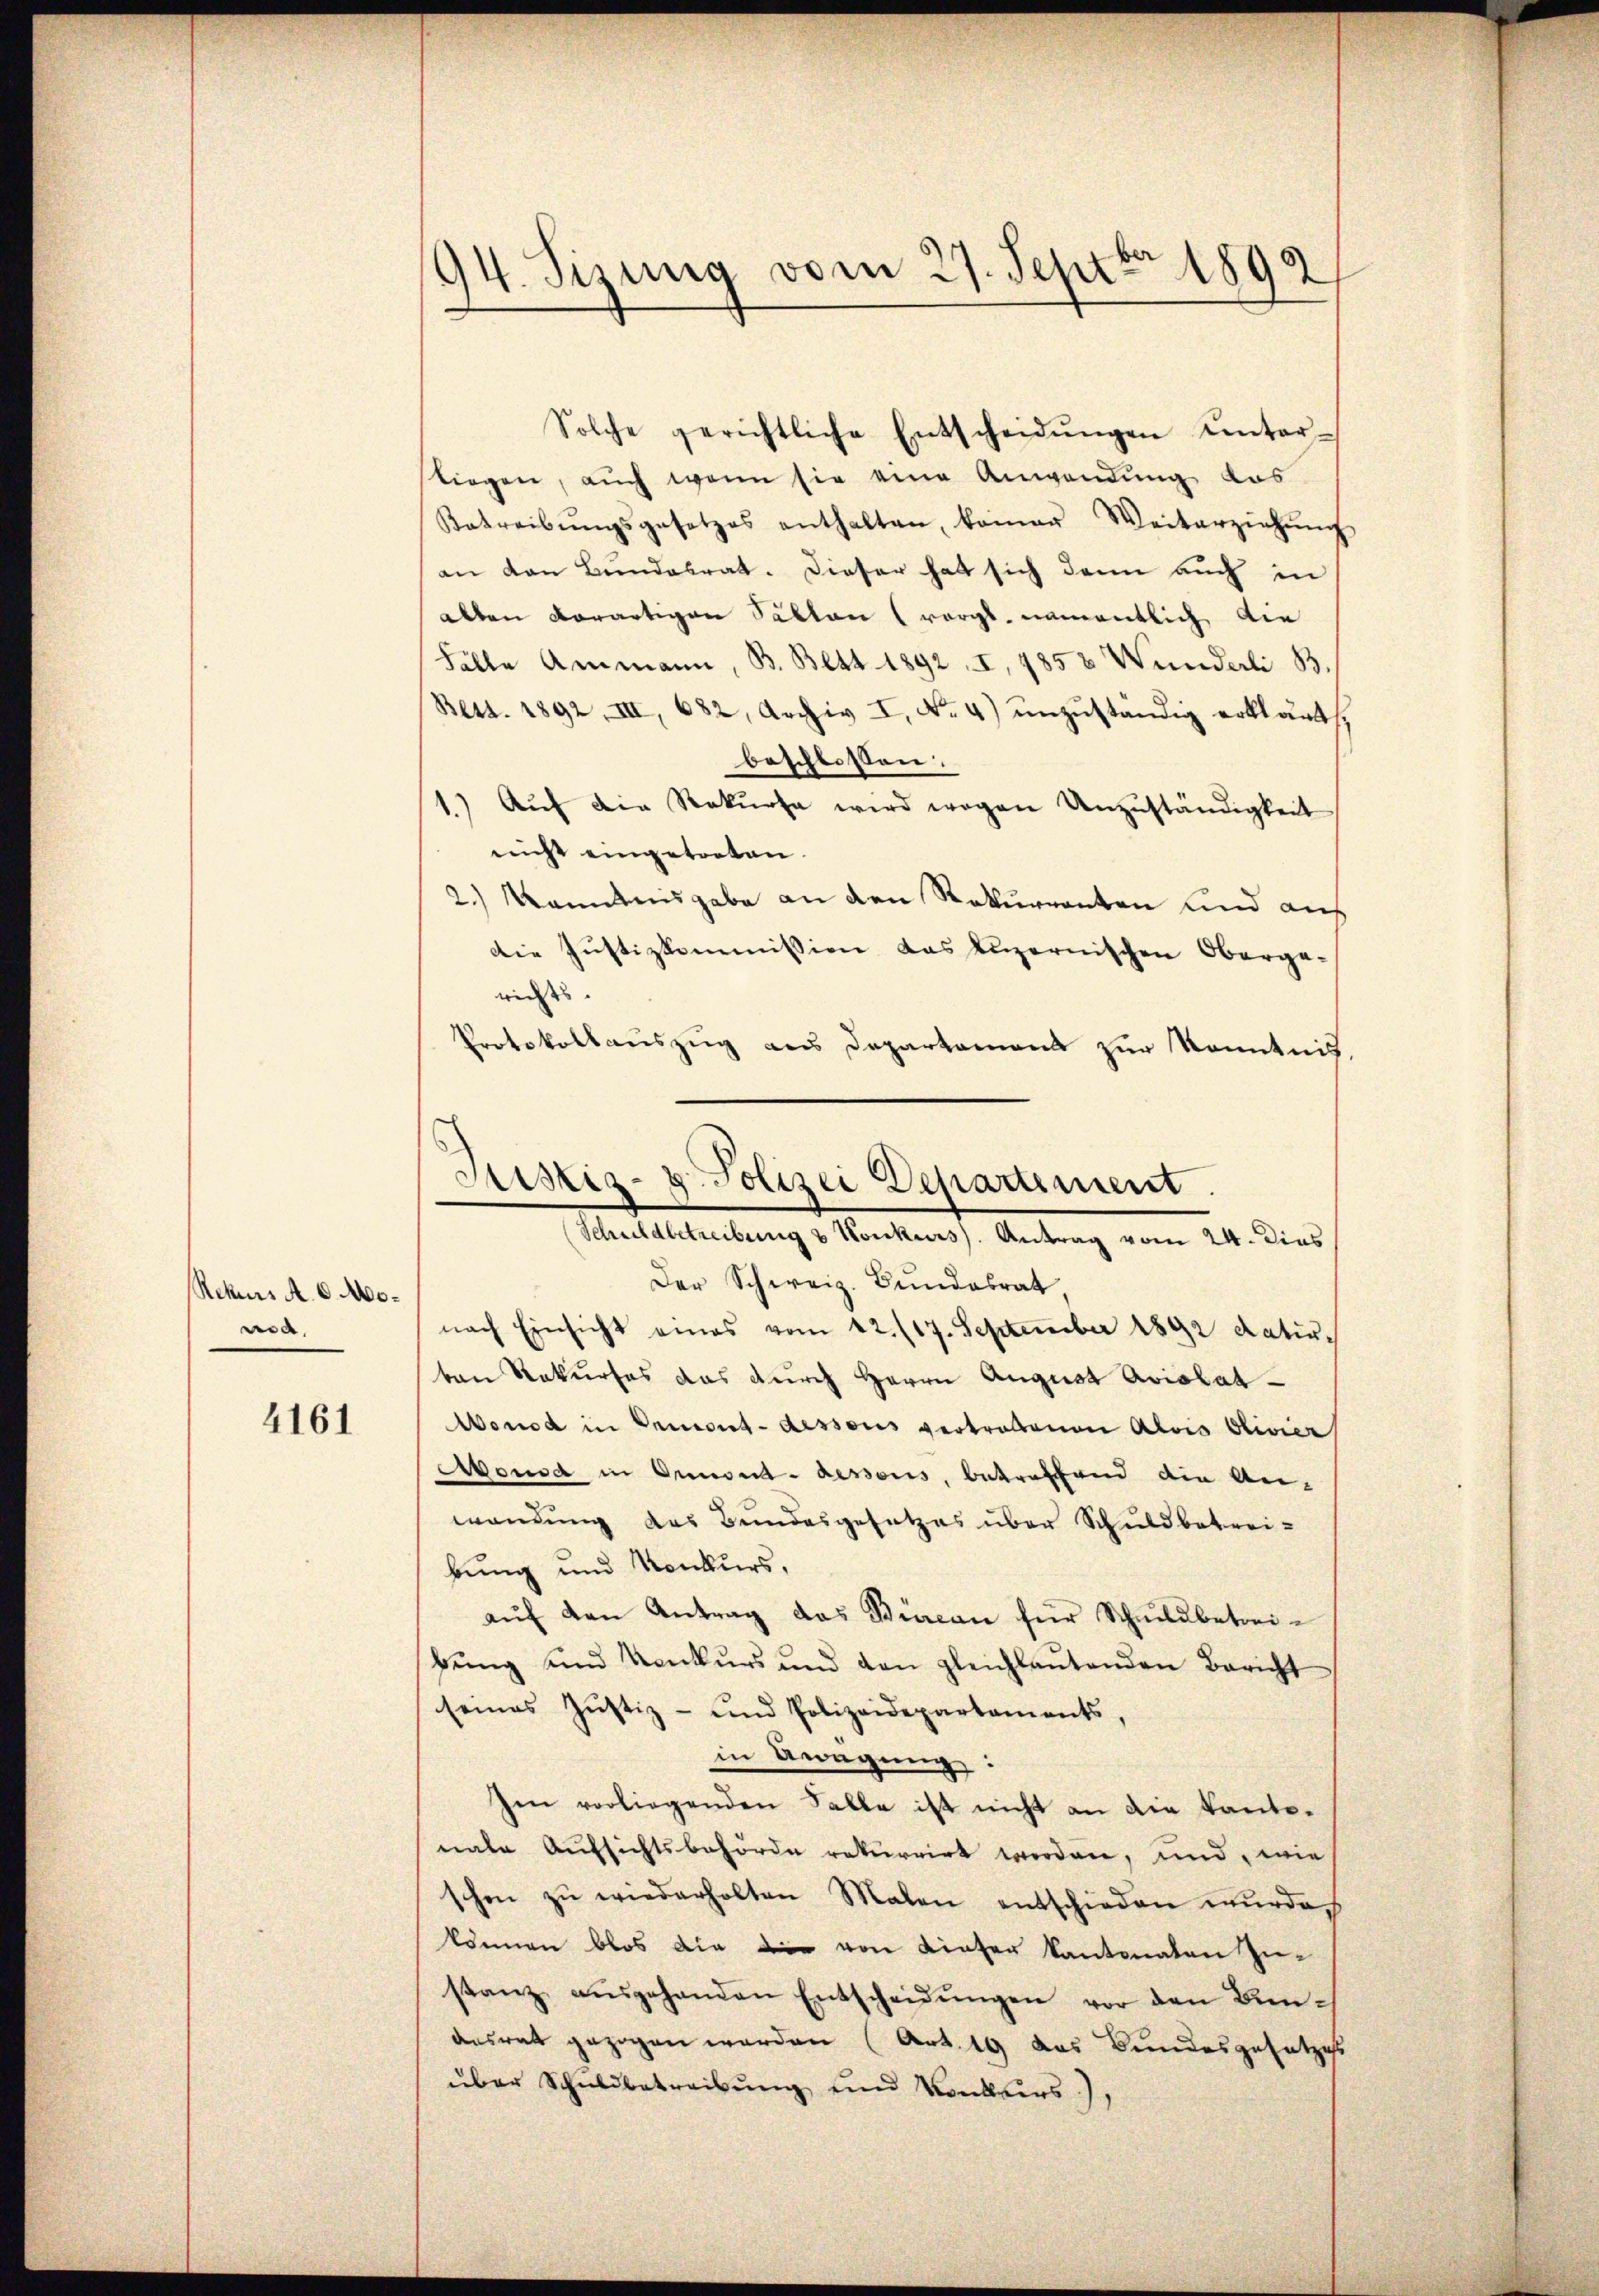
Rekurs A. v. Monod,

4161

94. Sizung vom 27. Septbr 1892

Solche gerichtliche Entscheidŭngen unter-
stiegen, auch wenn sie eine Anwendung das
Betreibŭngsgesetzes enthalten, kamer Weiterziehŭng
an den Bundesrat. Dieser hat sich dann auch in
alten derartigen Sätten (vergl. namentlich die
Fälle Ammann, B. Bett 1892, I, 1858 Wunderli B.
Bess. 1892. III, 682, Archiv I, No. 4) ŭnzŭständig erklärt,
beschlossen:
1.) Auf die Rekŭrsa wird wegen Unzuständigkeit
nicht eingetreten
2.) Kenntnisgabe an den Rekurrenten und aus
die Justizkommission das Luzernischen Oberge-
richts.
Protokollauszug aus Departamens zur Kenntnis,
Der Schweiz. Bundesrat
nach Einsicht eines vom 12. 117. September 1892 datir
ten Rekurses das durch Herrn August Avislat¬
Wonod in Ormont-dessous vertretenen Alois Olivier
Aousa in Ormond-dessens, betreffend die An-
wendung des Bundesgesetzes über Schuldbetrei-
bung und Konkurs,
aŭf den Antrag das Biacon für Schuldbetreibŭng und Konkŭrs und den gleichlaŭtenden Bericht
seines Justiz- und Polizeidepartaments
in Anregung:
Im vorliegenden Falle ist nicht an die Kantonale Aufsichtsbehörde rekurrirt werden, und, wie
schon zŭ wiederholten Malen entschieden wurde.
können blos die die von Liefer kantonalen Zustanz aŭsgehanden Entscheidŭngen vor den Bun-
ausrat gezogen werden (Art. 19 das Bundesgesetzess
über Schuldbetreibŭng und Konkurs),

Justiz- & Polizei Departement
Schuldbetreibung & Konkurs. Antrag vom 24. Dies